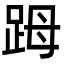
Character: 𧿹